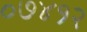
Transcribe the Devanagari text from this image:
०७४१२